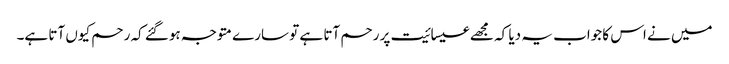
میں نے اس کا جواب یہ دیا کہ مجھے عیسائیت پر رحم آتا ہے تو سارے متوجہ ہوگئے کہ رحم کیوں آتا ہے۔